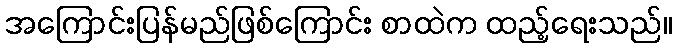
အကြောင်းပြန်မည်ဖြစ်ကြောင်း စာထဲက ထည့်ရေးသည်။